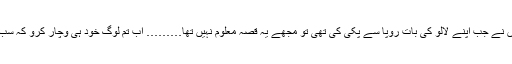
…… بھئی میں یہ کلنک کا ٹیکہ اپنے ماتھے پر لگانا نہیں چاہتا…… میں نے جب اپنے لالو کی بات رُوپا سے پکی کی تھی تو مجھے یہ قصّہ معلوم نہیں تھا……… اب تم لوگ خود ہی وچار کرو کہ سب کچھ جانتے ہُوئے میں اپنے بیٹے کا بیاہ رُوپا سے کیسے کر سکتا ہوں‘‘؟